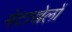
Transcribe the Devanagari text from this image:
मेटाखेलों